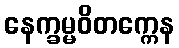
နေက္ခမ္မဝိတက္ကေန